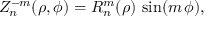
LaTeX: Z _ { n } ^ { - m } ( \rho , \phi ) = R _ { n } ^ { m } ( \rho ) \, \sin ( m \, \phi ) ,